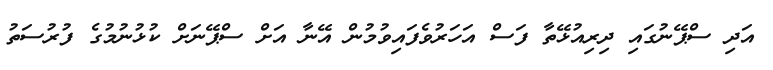
އަދި ސްޕޭނުގައި ދިރިއުޅޭތާ ފަސް އަހަރުވެފައިވުމުން އޭނާ އަށް ސްޕޭނަށް ކުޅުނުމުގެ ފުރުސަތު